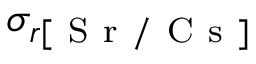
\sigma _ { r [ \mathrm { ~ S ~ r ~ / ~ C ~ s ~ } ] }